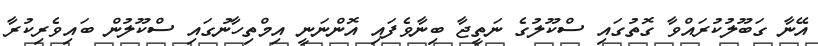
އޭނާ ގަބޫލުކުރައްވާ ގޮތުގައި ސްކޫލުގެ ނަތީޖާ ބިނާވެފައި އޮންނަނީ އިމްތިހާނުގައި ސްކޫލުން ބައިވެރިކުރާ